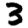
Digit: 3